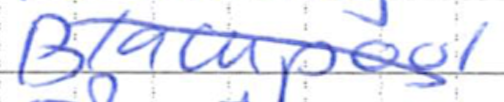
Text: Blackpool
Cross-out: diagonal
Writing tool: ballpoint